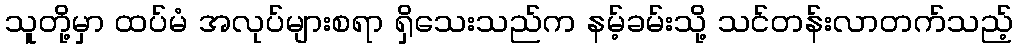
သူတို့မှာ ထပ်မံ အလုပ်များစရာ ရှိသေးသည်က နမ့်ခမ်းသို့ သင်တန်းလာတက်သည့်